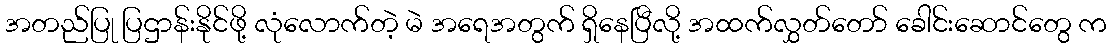
အတည်ပြု ပြဌာန်းနိုင်ဖို့ လုံလောက်တဲ့ မဲ အရေအတွက် ရှိနေပြီလို့ အထက်လွှတ်တော် ခေါင်းဆောင်တွေ က